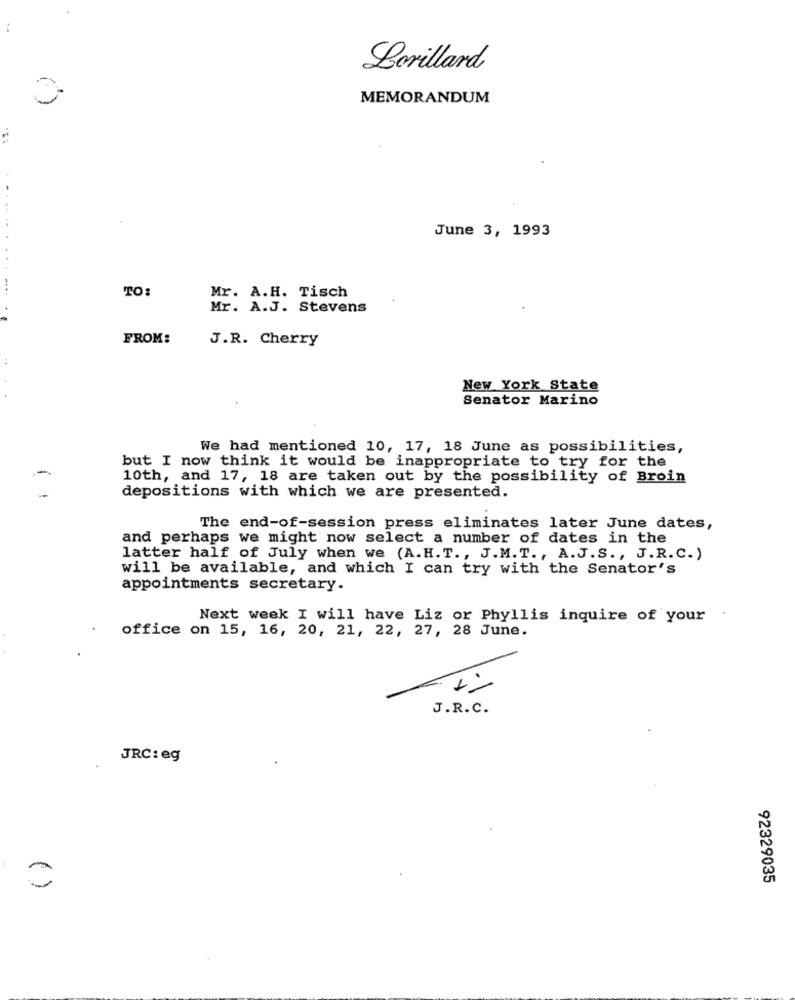
Lorillard
MEMORANDUM
June 3, 1993
........ ...
...
TO:
Mr. A.H. Tisch
Mr. A.J. Stevens
FROM:
J.R. Cherry
New York State
Senator Marino
We had mentioned 10, 17, 18 June as possibilities,
but I now think it would be inappropriate to try for the
10th, and 17, 18 are taken out by the possibility of Broin
depositions with which we are presented.
The end-of-session press eliminates later June dates,
and perhaps we might now select a number of dates in the
latter half of July when we (A.H. T ., J.M. T ., A.J.S ., J.R.C.)
will be available, and which I can try with the Senator's
appointments secretary.
Next week I will have Liz or Phyllis inquire of your
office on 15, 16, 20, 21, 22, 27, 28 June.
1.1
J.R.C.
JRC: eg
()
92329035